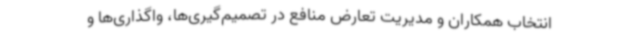
انتخاب همکاران و مدیریت تعارض منافع در تصمیم‌گیری‌ها، واگذاری‌ها و